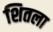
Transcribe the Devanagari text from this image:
शितला